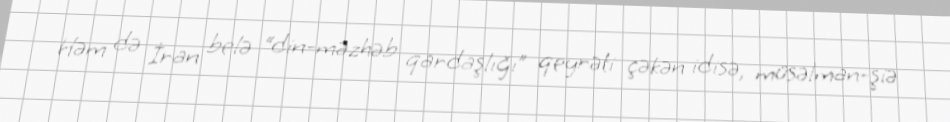
Həm də İran belə “din-məzhəb qardaşlığı” qeyrəti çəkən idisə, müsəlman-şiə